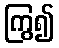
ကြွ၍